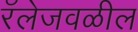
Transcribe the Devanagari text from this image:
रॅलेजवळील